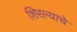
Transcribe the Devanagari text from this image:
शिरल्याचे